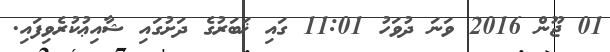
01 ޖޫން 2016 ވަނަ ދުވަހު 11:01 ގައި ޚަބަރުގެ ދަށުގައި ޝާއިޢުކުރެވިފައި.